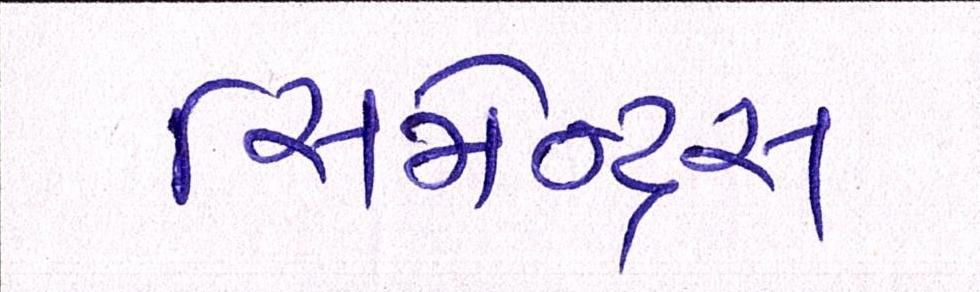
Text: સિમેન્ટ્સ